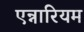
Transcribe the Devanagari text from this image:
एन्नारियम